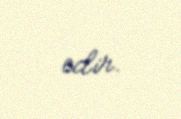
edir.